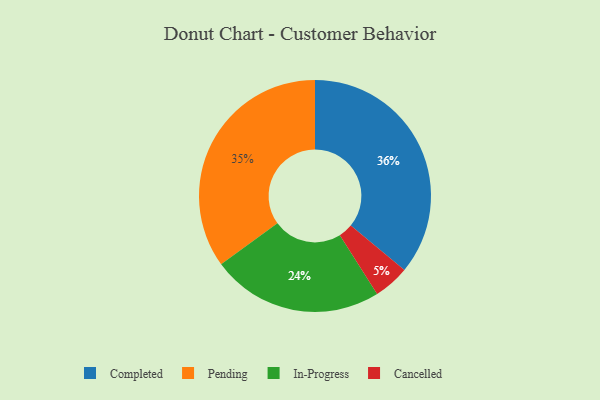
{"axis": {"x": "Category", "y": "Percentage"}, "legend": ["Cancelled", "Completed", "In-Progress", "Pending"], "data": [{"x": "In-Progress", "y": 24, "type": "In-Progress"}, {"x": "Pending", "y": 35, "type": "Pending"}, {"x": "Cancelled", "y": 5, "type": "Cancelled"}, {"x": "Completed", "y": 36, "type": "Completed"}]}